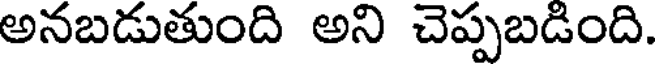
అనబడుతుంది అని చెప్పబడింది.